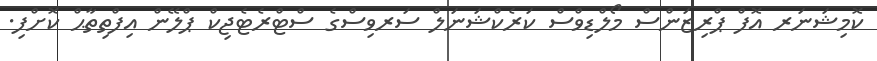
ކޮމިޝަނަރ އޮފް ޕްރިޒަންސް މޯލްޑިވްސް ކަރެކްޝަނަލް ސަރވިސްގެ ސްޓްރެޓެޖިކް ޕްލޭން އިފްތިތާޙް ކޮށްފި.